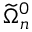
\widetilde \Omega _ { n } ^ { 0 }